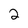
Character: 2